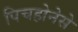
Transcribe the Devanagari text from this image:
पिचहोनेसे